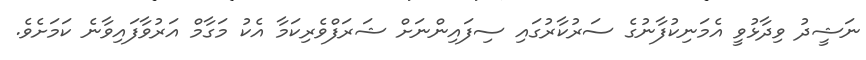
ނަޝީދު ވިދާޅުވީ އެމަނިކުފާނުގެ ސަރުކާރުގައި ސިފައިންނަށް ޝަރަފްވެރިކަމާ އެކު މަގާމް އަރުވާފައިވާނެ ކަމަށެވެ.